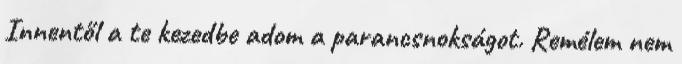
Innentől a te kezedbe adom a parancsnokságot. Remélem nem